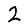
Digit: 2